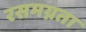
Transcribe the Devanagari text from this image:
रसमग्नता